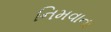
નિમવાના